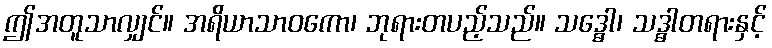
ဤအတူသာလျှင်။ အရိယာသာဝကော၊ ဘုရားတပည့်သည်။ သဒ္ဓေါ၊ သဒ္ဓါတရားနှင့်